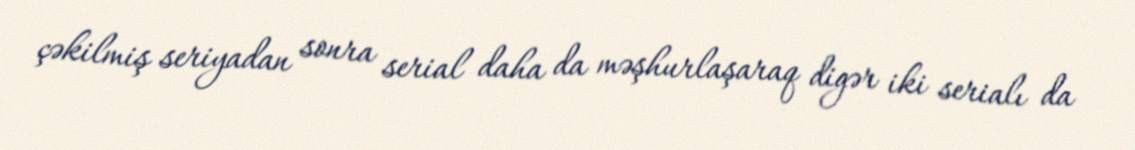
çəkilmiş seriyadan sonra serial daha da məşhurlaşaraq digər iki serialı da